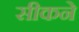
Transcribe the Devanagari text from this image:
सीकने